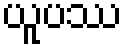
ယူပဿ